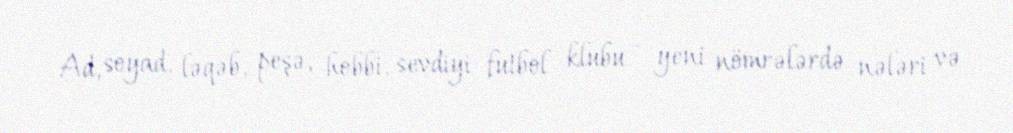
Ad, soyad, ləqəb, peşə, hobbi, sevdiyi futbol klubu - yeni nömrələrdə nələri və